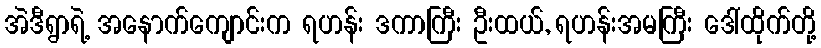
အဲဒီရွာရဲ့ အနောက်ကျောင်းက ရဟန်း ဒကာကြီး ဦးထယ်, ရဟန်းအမကြီး ဒေါ်ထိုက်တို့